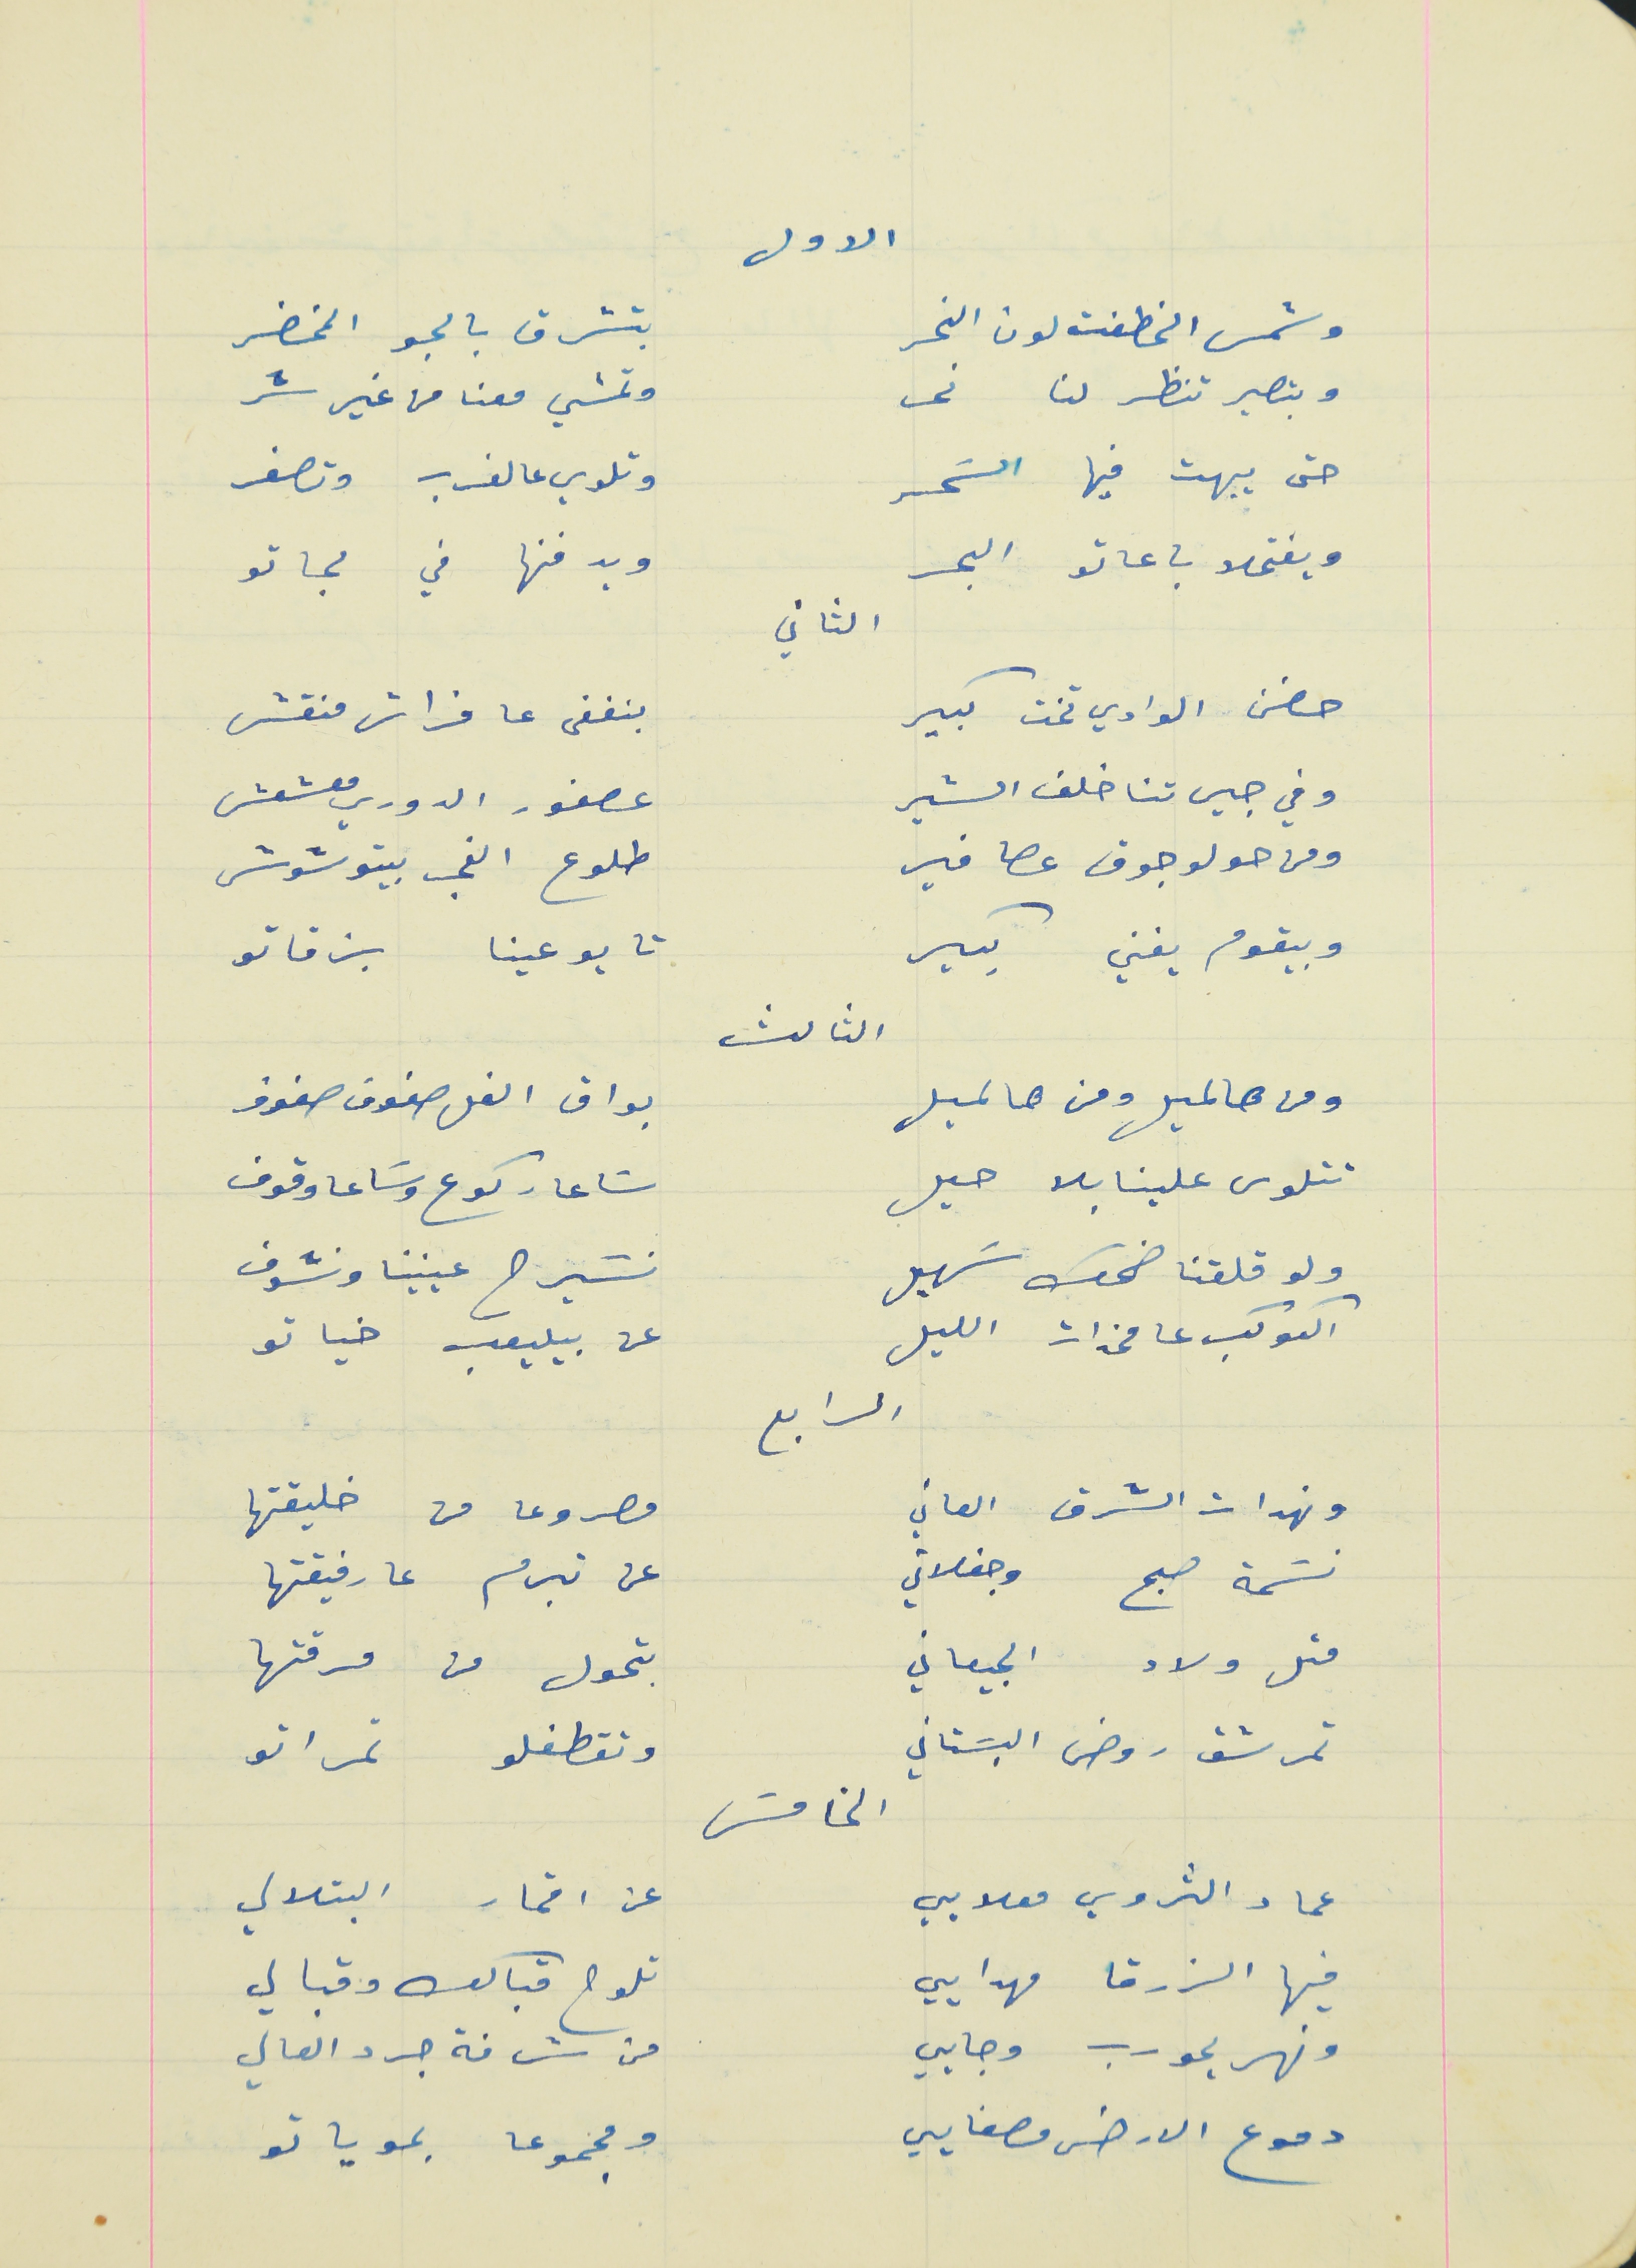
الاول
 وشمس الخطفت لون النجر                                بتشرق بالجو المخضر
وبتصير تنظر لنا نحر                                          وتمشي معنا من غير شر
حتى يبهت فيها السَحر                                        وتلوي عالغرب وتصفر
ويفتحلا باعاتو البحر                                          ويدفنها في لجاتو
 حضن الوادي تخت كبير                                     بنغفى عا فراش منقش
 وفي جيرتنا خلف الشير                                      عصفور الدوري معشعش
ومن حولو جوق عصافير                                     طلوع الفجر بيتوشوش
وبيقوم يغني بكير                                               تا يوعينا بزقاتو
الثالث
 ومن هالميل ومن هالميل                                 بواق الفل صفوف صفوف
 تتلوى علينا بلا حيل                                             سَاعا ركوع وسَاعا وقوف
 ولو قلقنا ضحك سَهيل                                        نسَيرح عينينا ونشوف
الكوكب عا مخدات الليل                                      عن بيليعب خياتو
 الرابع
ونهدات الشرق العاتي                                      مصروعا من خليقتها
نسَمة صبح وجفلاني                                          عن تبرم عا رفيقتها
مثل ولاد الجيعاني                                            بتحول من مرقتها
تمرشق روض البسَتاني                                     وتقطفلو تمر اتو
عماد الثروي معلايي                                         عن اقمار البتلالي
فيها الزرقا مهدايي                                            تلوح قبالك وقبالي
ونهر يحورب وجايي                                             من شرفة جرد العالي
 دموع الارض مصفايي                                       ومجموعا بموياتو
الثاني
الخامسَ